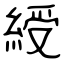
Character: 綬